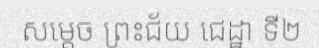
សម្តេច ព្រះជ័យ ជេដ្ឋា ទី២